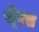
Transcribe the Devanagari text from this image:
थे्रस